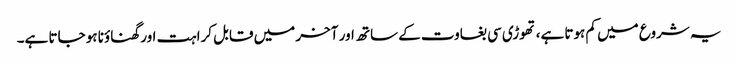
یہ شروع میں کم ہوتا ہے، تھوڑی سی بغاوت کے ساتھ اور آخر میں قابل کراہت اور گھناؤنا ہو جاتا ہے۔